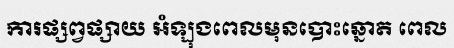
ការផ្សព្វផ្សាយ អំឡុងពេលមុនបោះឆ្នោត ពេល